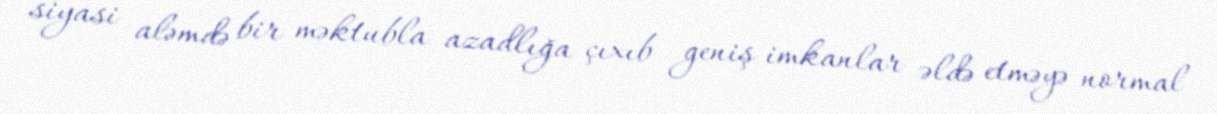
siyasi aləmdə bir məktubla azadlığa çıxıb geniş imkanlar əldə etməyə normal